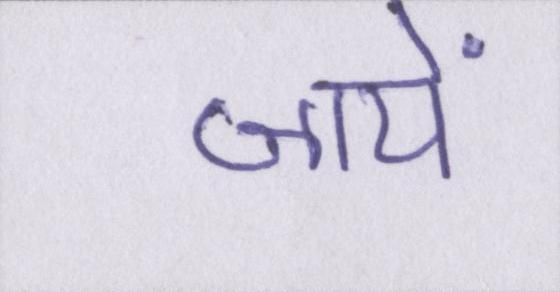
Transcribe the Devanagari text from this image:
जायें